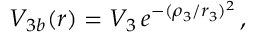
V _ { 3 b } ( r ) = V _ { 3 } \, e ^ { - ( \rho _ { 3 } / r _ { 3 } ) ^ { 2 } } \, ,